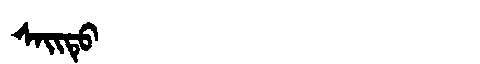
Manchu: ᠰᠠᡳᡨᡠ
Romanization: SAITU